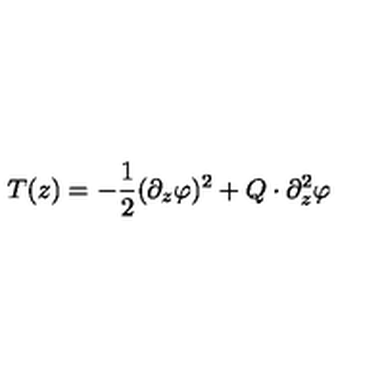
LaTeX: T ( z ) = - \frac 1 2 ( \partial _ { z } \varphi ) ^ { 2 } + Q \cdot \partial _ { z } ^ { 2 } \varphi